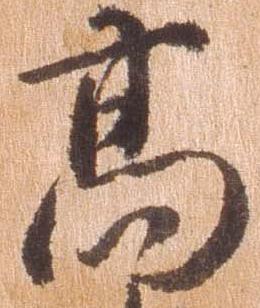
高